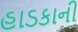
હાડકાની